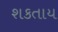
શકતાય